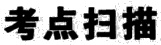
考点扫描